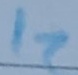
Text: I2